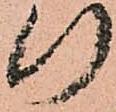
行